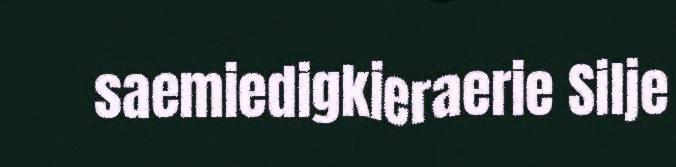
saemiedigkieraerie Silje